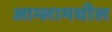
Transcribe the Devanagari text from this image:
आम्लामधील